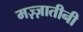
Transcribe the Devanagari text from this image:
मज़्ज़ातीनी